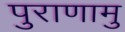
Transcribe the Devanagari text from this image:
पुराणामु